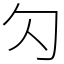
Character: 勽